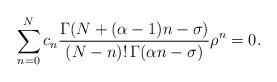
\begin{align*}\sum_{n=0}^Nc_n {\Gamma(N+(\alpha-1)n-\sigma) \over(N-n)!\,\Gamma(\alpha n-\sigma)} \rho^n=0.\end{align*}